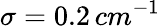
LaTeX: \sigma=\mathrm{0.2}\, cm^{-1}